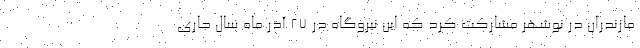
مازندران در نوشهر مشارکت کرد که این نیروگاه در 27 آذر ماه سال جاری